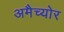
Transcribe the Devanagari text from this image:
अमैच्योर